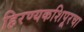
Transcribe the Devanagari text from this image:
हिरण्यकशिपूरचा